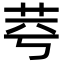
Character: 𦭃